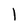
Character: l